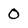
Character: 0